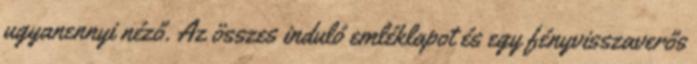
ugyanennyi néző. Az összes induló emléklapot és egy fényvisszaverős